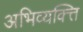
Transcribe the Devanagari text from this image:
अभिव्यक्त्ति